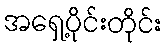
အရှေ့ပိုင်းတိုင်း